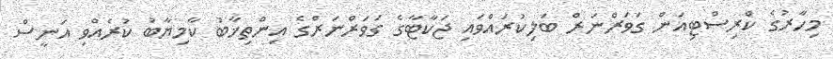
މިހާރުގެ ކްރިސްޓިއަން ގަވަރްނަރް ބަލިކުރައްވައި ޖަކާޓާގެ ގަވަރްނަރްގެ އިންތިޚާބު ކާމިޔާބު ކުރެއްވި އަނީސް